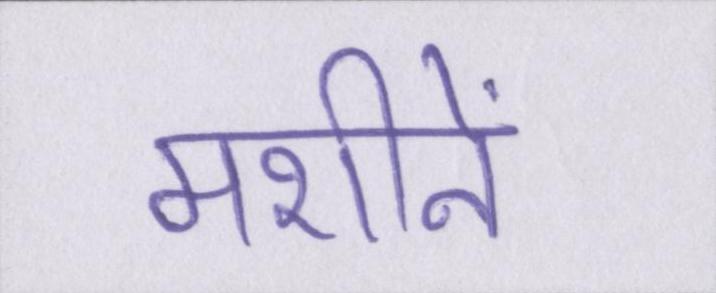
मशीनें